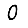
Digit: 0